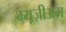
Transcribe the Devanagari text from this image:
म्यूज़ीअम